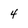
Character: 4